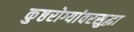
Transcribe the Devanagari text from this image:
कुष्ठरोग्यांवरसुद्धा